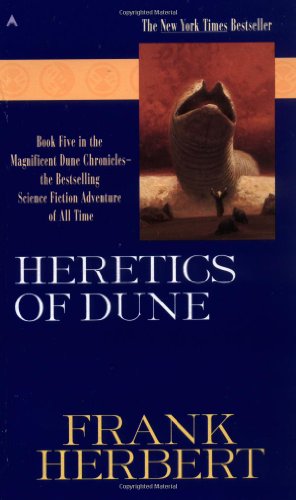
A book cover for Heretics of Dune; Frank Herbert; Science Fiction & Fantasy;